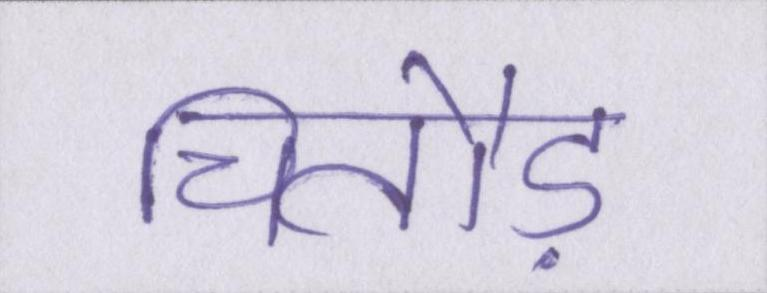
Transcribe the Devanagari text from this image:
चितौड़